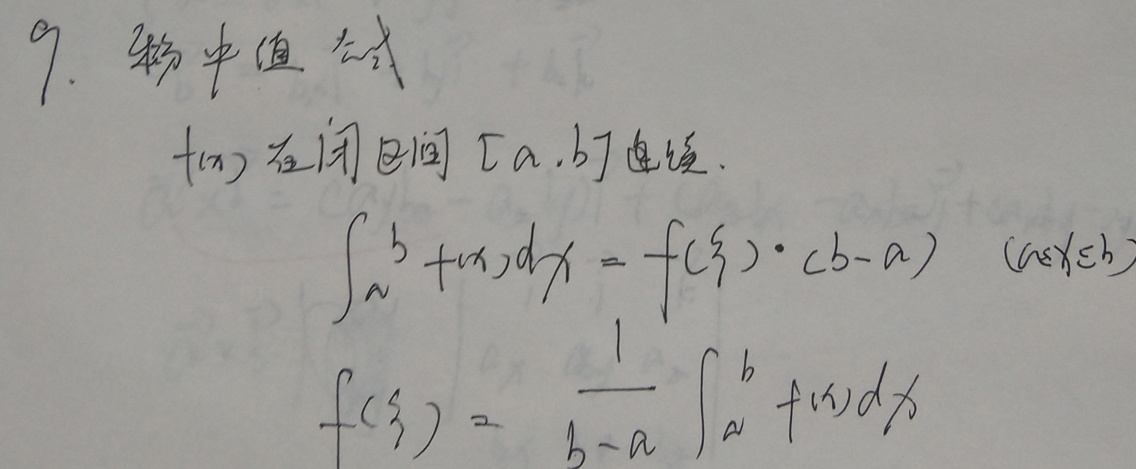
9. 积分中值公式

$f(x)$在闭区间$[a,b]$连续.

\[
\int_{a}^{b} f(x)dx = f(\xi)\cdot(b - a)\quad (a\leqslant\xi\leqslant b)
\]

\[
f(\xi)=\frac{1}{b - a}\int_{a}^{b} f(x)dx
\]